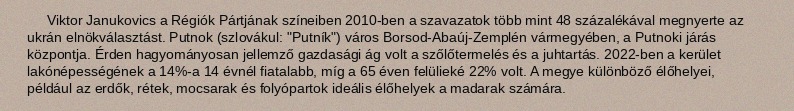
Viktor Janukovics a Régiók Pártjának színeiben 2010-ben a szavazatok több mint 48 százalékával megnyerte az ukrán elnökválasztást. Putnok (szlovákul: "Putník") város Borsod-Abaúj-Zemplén vármegyében, a Putnoki járás központja. Érden hagyományosan jellemző gazdasági ág volt a szőlőtermelés és a juhtartás. 2022-ben a kerület lakónépességének a 14%-a 14 évnél fiatalabb, míg a 65 éven felülieké 22% volt. A megye különböző élőhelyei, például az erdők, rétek, mocsarak és folyópartok ideális élőhelyek a madarak számára.